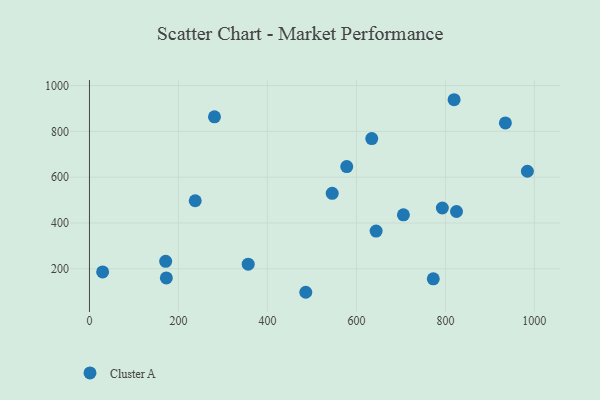
{"axis": {"x": "Experience", "y": "Demand"}, "legend": ["Cluster A"], "data": [{"x": "356.8", "y": 220.1, "type": "Cluster A"}, {"x": "172.8", "y": 160.1, "type": "Cluster A"}, {"x": "171.3", "y": 232.4, "type": "Cluster A"}, {"x": "281.0", "y": 863.6, "type": "Cluster A"}, {"x": "819.6", "y": 938.1, "type": "Cluster A"}, {"x": "29.6", "y": 186.1, "type": "Cluster A"}, {"x": "984.3", "y": 625.9, "type": "Cluster A"}, {"x": "237.7", "y": 497.0, "type": "Cluster A"}, {"x": "578.3", "y": 646.3, "type": "Cluster A"}, {"x": "644.3", "y": 364.5, "type": "Cluster A"}, {"x": "634.5", "y": 768.6, "type": "Cluster A"}, {"x": "545.6", "y": 529.6, "type": "Cluster A"}, {"x": "772.8", "y": 156.3, "type": "Cluster A"}, {"x": "825.0", "y": 450.1, "type": "Cluster A"}, {"x": "793.2", "y": 465.4, "type": "Cluster A"}, {"x": "486.2", "y": 97.4, "type": "Cluster A"}, {"x": "705.7", "y": 435.6, "type": "Cluster A"}, {"x": "934.9", "y": 837.0, "type": "Cluster A"}]}